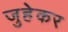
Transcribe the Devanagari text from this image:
जुहेकर